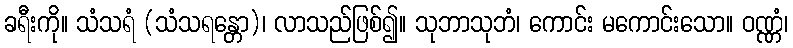
ခရီးကို။ သံသရံ (သံသရန္တော)၊ လာသည်ဖြစ်၍။ သုဘာသုဘံ၊ ကောင်း မကောင်းသော။ ဝဏ္ဏံ၊